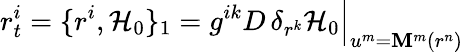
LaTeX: r_{t}^{i}=\{ r^{i},\mathcal{H}_{0}\} _{1}=g^{ik}D\, \delta_{r^{k}}\mathcal{H}_{0}\Big|_{u^{m}=\mathbf{M}^{m}(r^{n})}